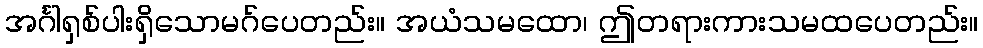
အင်္ဂါရှစ်ပါးရှိသောမဂ်ပေတည်း။ အယံသမထော၊ ဤတရားကားသမထပေတည်း။